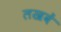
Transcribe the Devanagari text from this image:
लखवें